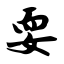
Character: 耍